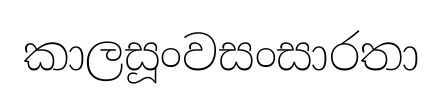
කාලසූංවසංසාරතා